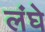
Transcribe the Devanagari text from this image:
लंघे